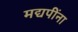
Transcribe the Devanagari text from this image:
मद्यपींना